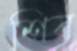
শিব